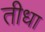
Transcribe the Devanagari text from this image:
तीधा